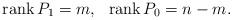
LaTeX: \begin{align*}\operatorname{rank}P_{1}=m,\ \ \operatorname{rank}P_{0}=n-m. \end{align*}